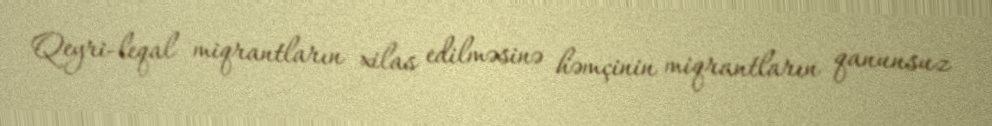
Qeyri-leqal miqrantların xilas edilməsinə həmçinin miqrantların qanunsuz